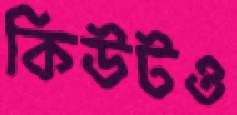
কিউটও